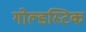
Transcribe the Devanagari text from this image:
गोल्डस्टिक